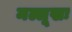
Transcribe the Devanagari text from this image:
मल्लूखः